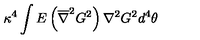
\kappa ^ { 4 } \int E \left( \overline { { \nabla } } ^ { 2 } G ^ { 2 } \right) \nabla ^ { 2 } G ^ { 2 } d ^ { 4 } \theta